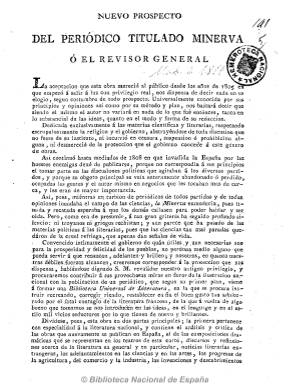
Título: Minerva o El Revisor general
Otros títulos: Revisor general || Minerva || Minerva. Quadro político y militar de las principales potencias de Europa, según su estado actual || Quadro político y militar de las principales potencias de Europa, según su estado actual || Cuadro político y militar de las principales potencias de Europa, según su estado actual
Colección: Cultura
Ámbito geográfico: Madrid
Lugar de publicación: Madrid
Fechas: 01/01/1805-31/10/1818

Obra periódica editada por el escritor, traductor, historiador, periodista, lexicógrafo y político de origen murciano Pedro María de Olive (1767-1843), que tuvo dos épocas. La primera comienza el uno de octubre de 1805 y acaba con su número 41, el 24 de mayo de 1808, en cuadernos de ocho páginas, que después amplía, y con frecuencia bisemanal (martes y viernes), que después será semanal. Junto a la cabecera añade el subtítulo “Quadro político y militar de las principales potencias de Europa, según su estado actual”, y aunque el mismo da idea sobre estos contenidos de la publicación, además de dar cuenta de las fuerzas navales y terrestres de países como Francia, Alemania, Rusia o Inglaterra, en un momento en que existen enfrentamientos bélicos en Europa, también ofrece informaciones sobre su agricultura, industria, comercio y riqueza nacional. Pero especialmente destacan sus artículos, críticas y discursos sobre ciencia y literatura. Incluye textos sobre medicina, física, astronomía, geografía, estadística, antigüedades, historia, extractos y análisis de las principales obras extranjeras, críticas de obras españolas nuevas y de composiciones dramáticas que se representan en los teatros madrileños, sobre costumbres públicas, necrológicas y biografías, etc.

Aunque Olive, que siempre mostró su interés por la cultura francesa y por las cuestiones científicas, intenta seguir editado su publicación durante la invasión napoleónica, no lo volverá a hacer hasta el tres de julio de 1817, con periodicidad semanal (jueves), y desde julio de 1818, mensual,  hasta finales de este año. En el nuevo prospecto que lanza al público dirá entonces que el periódico estará dedicado “exclusivamente a las materias científicas y literarias, respetando escrupulosamente la religión y el gobierno”. Sigue incluyendo artículos de análisis y crítica de literatura española y extranjera y de obras teatrales estrenadas en la Corte, discursos y reflexiones sobre la literatura general, noticias literarias extranjeras, otros sobre adelantos en ciencias y artes (botánica, economía política, viajes, costumbres, etc.), sobre los progresos de la agricultura, el comercio y la industria, extractos de obras clásicas, además de textos de creación literaria, como cuentos y composiciones poéticas (odas, letrillas, sátiras, etc.), así como un boletín de noticias diarias y variedades.

Olive, que ya había dirigido el Memorial literario (1801-1804) y Efemérides de España (1804-1806) y después dirigirá El mensajero (1820), dará a la estampa su Minerva, en su primera época en la imprenta de Vega y Compañía, y después en la de Núñez y en la de Ibarra. Forma tomos trimestrales con paginación continuada, con índices al final.